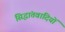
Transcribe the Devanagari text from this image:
सिद्धांतवादियों